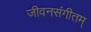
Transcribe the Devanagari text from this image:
जीवनसंगीतम्